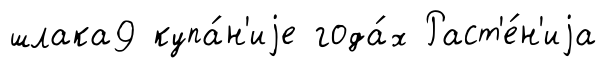
шлака9 купа́н'иjе года́х Раст'е́н'иjа